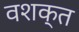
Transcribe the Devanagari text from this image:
वशक्त